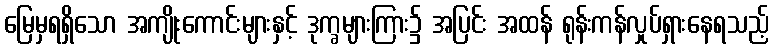
မြေမှရရှိသော အကျိုးကောင်းများနှင့် ဒုက္ခများကြား၌ အပြင်း အထန် ရုန်းကန်လှုပ်ရှားနေရသည့်